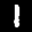
Label: 1